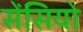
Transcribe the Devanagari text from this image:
सेंसियो